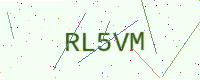
Text: RL5VM